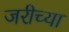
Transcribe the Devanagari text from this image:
जरीच्या